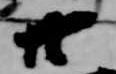
廿